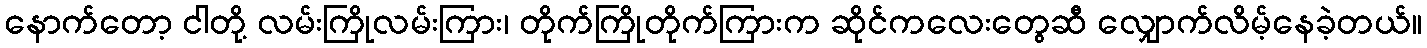
နောက်တော့ ငါတို့ လမ်းကြိုလမ်းကြား၊ တိုက်ကြိုတိုက်ကြားက ဆိုင်ကလေးတွေဆီ လျှောက်လိမ့်နေခဲ့တယ်။